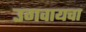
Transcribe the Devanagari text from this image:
उगवायचा